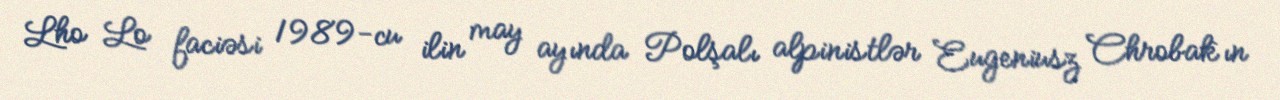
Lho Lo faciəsi 1989-cu ilin may ayında Polşalı alpinistlər Eugeniusz Chrobak`ın